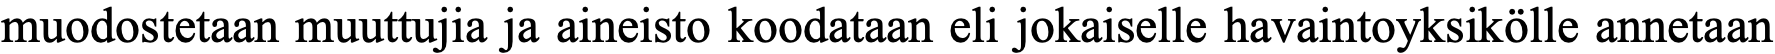
muodostetaan muuttujia ja aineisto koodataan eli jokaiselle havaintoyksikölle annetaan